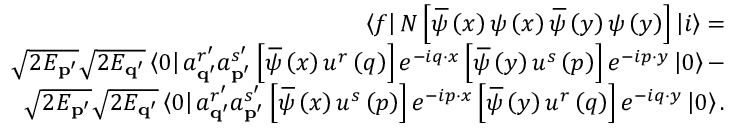
\begin{array} { r l r } & { } & { \left\langle f \right\vert N \left[ \, \overline { { \! { \psi } } } \left( x \right) \psi \left( x \right) \, \overline { { \! { \psi } } } \left( y \right) \psi \left( y \right) \right] \left\vert i \right\rangle = } \\ & { } & { \sqrt { 2 E _ { \mathbf { p } ^ { \prime } } } \sqrt { 2 E _ { \mathbf { q } ^ { \prime } } } \left\langle 0 \right\vert a _ { \mathbf { q } ^ { \prime } } ^ { r ^ { \prime } } a _ { \mathbf { p } ^ { \prime } } ^ { s ^ { \prime } } \left[ \, \overline { { \! { \psi } } } \left( x \right) u ^ { r } \left( q \right) \right] e ^ { - i q \cdot x } \left[ \, \overline { { \! { \psi } } } \left( y \right) u ^ { s } \left( p \right) \right] e ^ { - i p \cdot y } \left\vert 0 \right\rangle - } \\ & { } & { \sqrt { 2 E _ { \mathbf { p } ^ { \prime } } } \sqrt { 2 E _ { \mathbf { q } ^ { \prime } } } \left\langle 0 \right\vert a _ { \mathbf { q } ^ { \prime } } ^ { r ^ { \prime } } a _ { \mathbf { p } ^ { \prime } } ^ { s ^ { \prime } } \left[ \, \overline { { \! { \psi } } } \left( x \right) u ^ { s } \left( p \right) \right] e ^ { - i p \cdot x } \left[ \, \overline { { \! { \psi } } } \left( y \right) u ^ { r } \left( q \right) \right] e ^ { - i q \cdot y } \left\vert 0 \right\rangle . } \end{array}